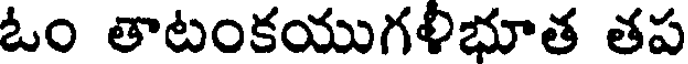
ఓం తాటంకయుగళిభూత తప